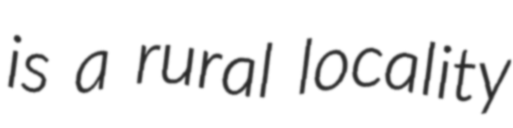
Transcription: is a rural locality